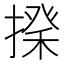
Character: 𢲇